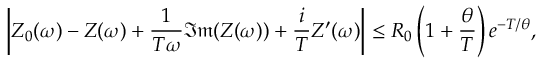
\left| Z _ { 0 } ( \omega ) - Z ( \omega ) + \frac { 1 } { T \omega } \mathfrak { I m } ( Z ( \omega ) ) + \frac { i } { T } Z ^ { \prime } ( \omega ) \right| \le R _ { 0 } \left( 1 + \frac { \theta } { T } \right) e ^ { - T / \theta } ,